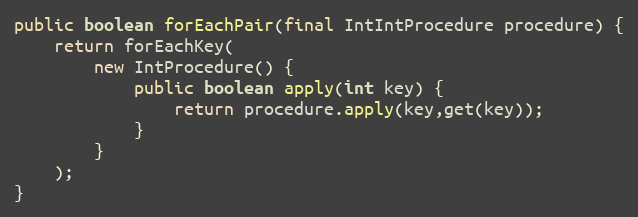
Language: Java
public boolean forEachPair(final IntIntProcedure procedure) {
	return forEachKey(
		new IntProcedure() {
			public boolean apply(int key) {
				return procedure.apply(key,get(key));
			}
		}
	);
}